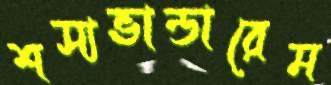
শস্যভান্ডারেম